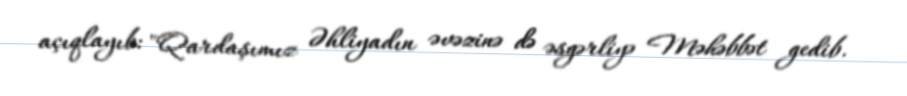
açıqlayıb: "Qardaşımız Əhliyadın əvəzinə də əsgərliyə Məhəbbət gedib.